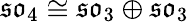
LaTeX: {\mathfrak{so}}_{4}\cong{\mathfrak{so}}_{3}\oplus{\mathfrak{so}}_{3}